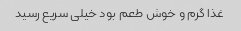
غذا گرم و خوش طعم بود خیلی سریع رسید